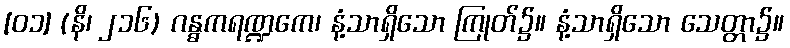
[၀၁] (နိ၊ ၂၁၆) ဂန္ဓကရဏ္ဍကေ၊ နံ့သာရှိသော ကြုတ်၌။ နံ့သာရှိသော သေတ္တာ၌။